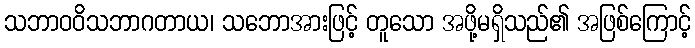
သဘာဝဝိသဘာဂတာယ၊ သဘောအားဖြင့် တူသော အဖို့မရှိသည်၏ အဖြစ်ကြောင့်